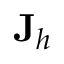
\mathbf { J } _ { h }